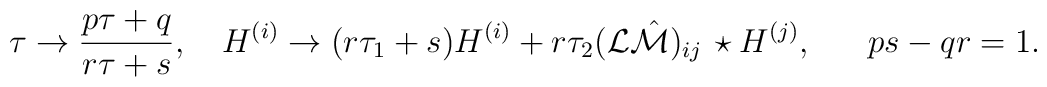
\tau\to{{p\tau+q}\over{r\tau+s}},\ \ \ H^{(i)}\to (r\tau_1+s)H^{(i)}+r\tau_2({\cal L}\hat{\cal M})_{ij}\,\star H^{(j)},\ \ \ \ \ ps-qr=1.